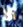
ألا